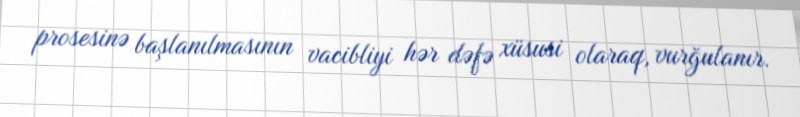
prosesinə başlanılmasının vacibliyi hər dəfə xüsusi olaraq, vurğulanır.